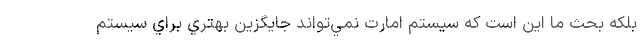
بلكه بحث ما اين است كه سيستم امارت نمي‌تواند جايگزين بهتري براي سيستم